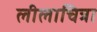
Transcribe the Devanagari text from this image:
लीलाचित्रा